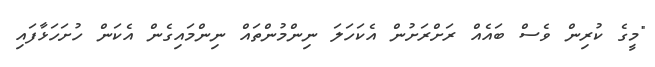
"މީގެ ކުރިން ވެސް ބައެއް ރަށްރަަށުން އެކަހަލަ ނިންމުންތައް ނިންމައިގެން އެކަން ހުށަހަޅާފައި